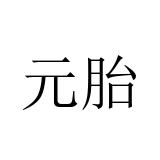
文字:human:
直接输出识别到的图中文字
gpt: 元胎